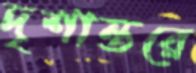
দৃশান্তরে